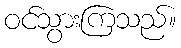
ဝင်သွားကြသည်။